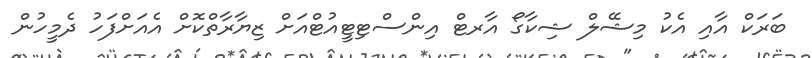
ބަރަކް އާއި އެކު މިޝޭލް ޝިކާގޯ އާރޓް އިންސްޓިޓީއުޓްއަށް ޒިޔާރާތްކޮށް އެއަށްފަހު ދެމީހުން